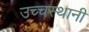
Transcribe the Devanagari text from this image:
उच्चस्थानी